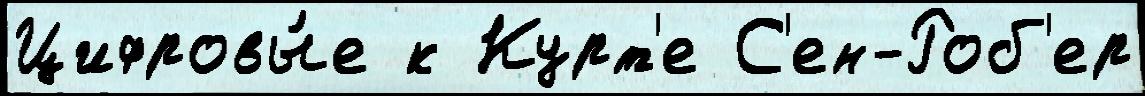
Цифровы́е к Курт'е С'ен-Роб'ер